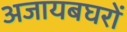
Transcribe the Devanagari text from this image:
अजायबघरों